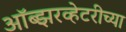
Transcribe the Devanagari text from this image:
ऑब्झरव्हेटरीच्या